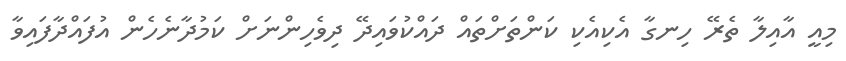
މިއީ އާއިލާ ތެރޭ ހިނގާ އެކިއެކި ކަންތަށްތައް ދައްކުވައިދޭ ދިވެހިންނަށް ކަމުދާނެހެން އުފައްދާފައިވާ